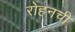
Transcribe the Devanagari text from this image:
रोहनची